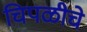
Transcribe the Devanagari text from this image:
चिपळीचे